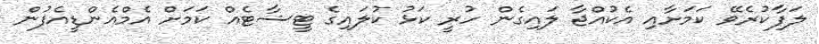
ލަފާކުރެވޭ ކަމަށާއި އެކުއްޖާ ލައިގެން ހުރީ ކަޅު ކުލައިގެ ޓީޝާޓެއް ކަމަށް އެމްއެންޑީއެފުން